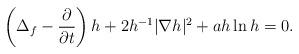
LaTeX: \begin{align*}\left(\Delta_f-\frac{\partial}{\partial t}\right)h+2h^{-1}|\nabla h|^2+ah\ln h=0.\end{align*}